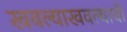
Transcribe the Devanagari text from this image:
खवल्याखवल्याची